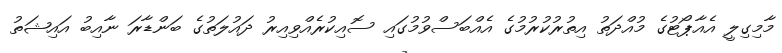
މާމިގިލީ އެއާޕޯޓުގެ މުއްދަތު އިތުރުކުރުމުގެ އެއްބަސްވުމުގައި ސޮއިކުރެއްވިއިރު ދައުލަތުގެ ބަންޑާރަ ނާއިބު އައިޝަތު